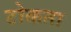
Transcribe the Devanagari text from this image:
टोकता